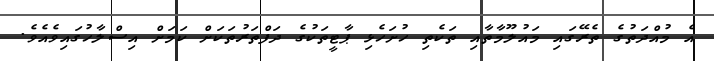
އެ މުއްދަތުގެ ތެރޭގައި މައުލޫމާތާއި ތަކެތި ހުށަހެޅި ޕާޓީތަކުގެ ދަފްތަރުތަކަށް ކަމަށް އިސްލާހުގައިވެއެވެ.